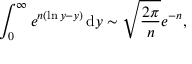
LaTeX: \int _ { 0 } ^ { \infty } e ^ { n ( \ln y - y ) } \, \mathrm { { d } } y \sim { \sqrt { \frac { 2 \pi } { n } } } e ^ { - n } ,